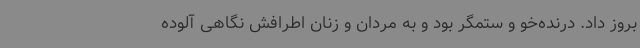
بروز داد. درنده‌خو و ستمگر بود و به مردان و زنان اطرافش نگاهی آلوده